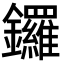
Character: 鑼